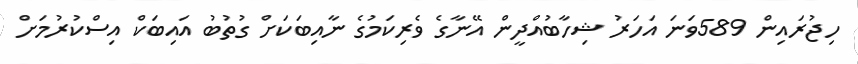
ހިޖުރައިން 589ވަނަ އަހަރު ޝިހާބުއްދީން އޭނާގެ ވެރިކަމުގެ ނާއިބަކަށް ގުތުބު އައިބަކް އިސްކުރުމަށް